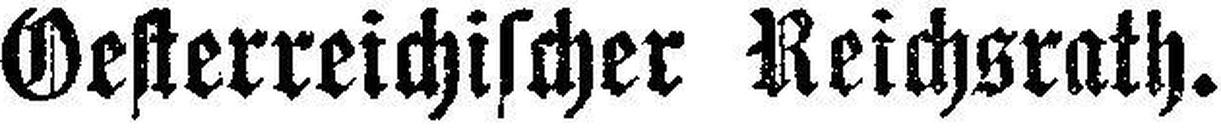
Oesterreichischer Reichsrath.